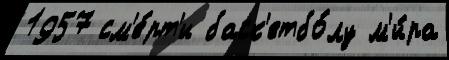
1957 см'е́рт'и баск'етбо́лу м'и́ра